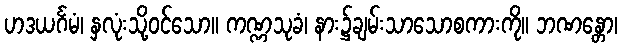
ဟဒယင်္ဂမံ၊ နှလုံးသို့ဝင်သော။ ကဏ္ဏသုခံ၊ နား၌ချမ်းသာသောစကားကို။ ဘဏန္တော၊